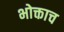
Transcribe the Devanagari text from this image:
भोक्ताच